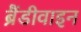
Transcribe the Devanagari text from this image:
ब्रैंडीवाइन